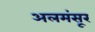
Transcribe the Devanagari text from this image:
अलमंसूर